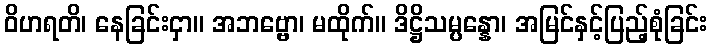
ဝိဟရတိ၊ နေခြင်းငှာ။ အဘဗ္ဗော၊ မထိုက်။ ဒိဋ္ဌိသမ္ပန္နော၊ အမြင်နှင့်ပြည့်စုံခြင်း